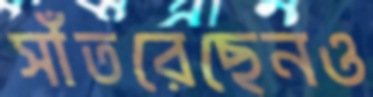
সাঁতরেছেনও